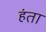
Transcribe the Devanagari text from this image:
हंता